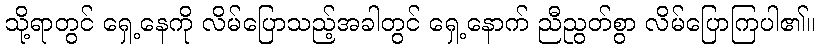
သို့ရာတွင် ရှေ့နေကို လိမ်ပြောသည့်အခါတွင် ရှေ့နောက် ညီညွတ်စွာ လိမ်ပြောကြပါ၏။